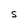
Character: I